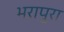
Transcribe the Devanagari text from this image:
भरापुरा